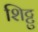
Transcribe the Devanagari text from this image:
शिट्टु